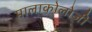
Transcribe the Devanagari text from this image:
मालाकोलोजी